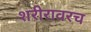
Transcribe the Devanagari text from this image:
शरीरावरच